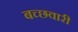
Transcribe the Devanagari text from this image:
बच्छवारी